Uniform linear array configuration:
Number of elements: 24
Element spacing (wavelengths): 0.5
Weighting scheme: blackman
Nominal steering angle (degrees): -15
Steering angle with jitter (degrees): -13.747
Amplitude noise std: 0.05
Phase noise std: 0.05

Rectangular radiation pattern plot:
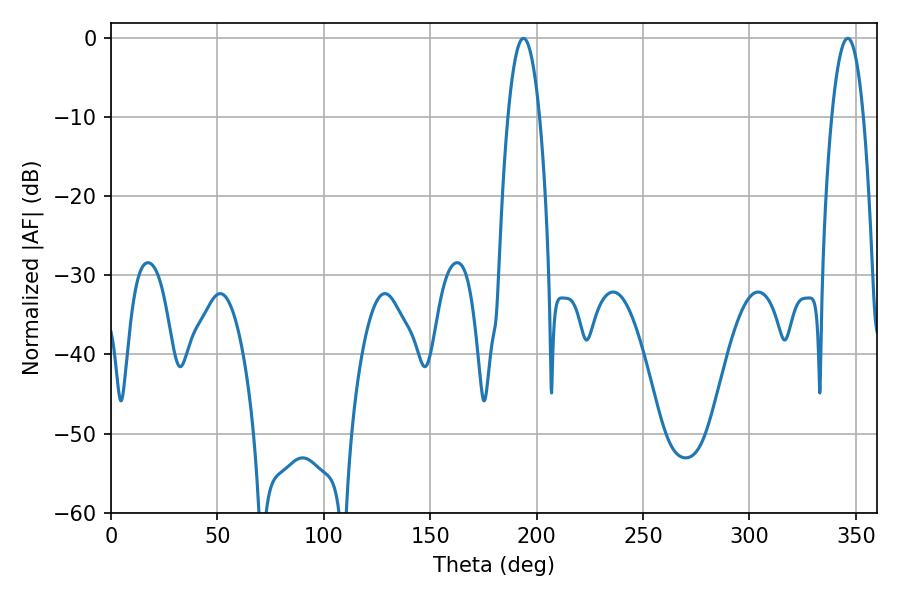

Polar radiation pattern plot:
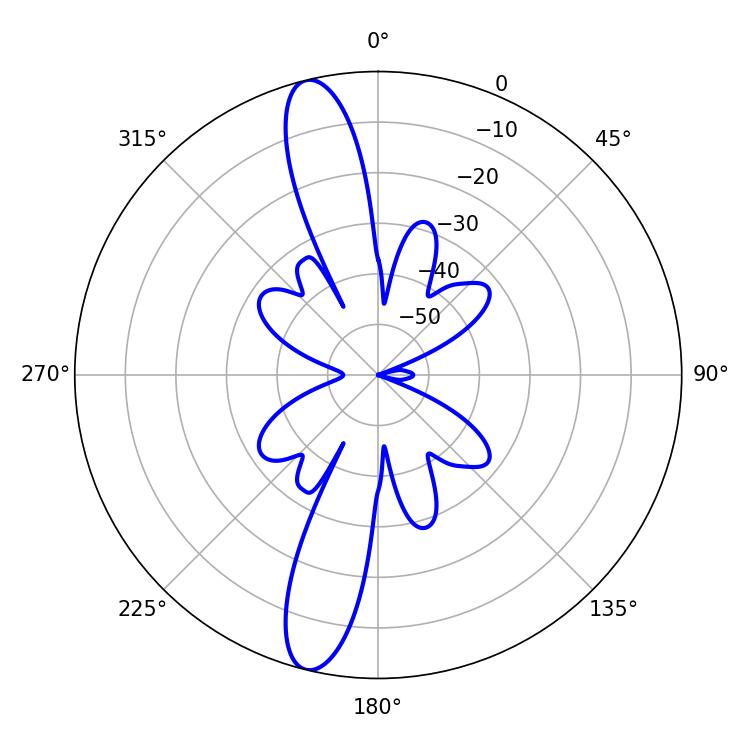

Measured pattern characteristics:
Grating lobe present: FALSE
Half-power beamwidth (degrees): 8.28
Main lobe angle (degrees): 193.86